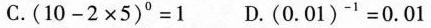
C.$$( 1 0 - 2 × 5 ) ^ { 0 } = 1$$ D.$$( 0 . 0 1 ) ^ { - 1 } = 0 . 0 1$$